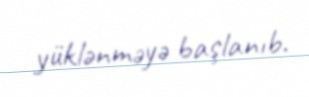
yüklənməyə başlanıb.